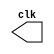
// ---------------------------
// -- test clock generator (1)
// Herbert Alves Batista - 461971
// ---------------------------
module clock ( clk );
output clk;
reg clk;
initial
begin
clk = 1'b0;
end
always
begin
#12 clk = ~clk;
end
endmodule // clock ( )
/*module Exemplo0041;
wire clk;
clock CLK1 ( clk );
initial begin
//$dumpfile ( "Exemplo041.vcd" );
//$dumpvars;
//#120 $finish;
end
endmodule // Exemplo041 ( )  */